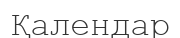
Қалендар